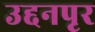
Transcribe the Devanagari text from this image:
उद्दनपृर